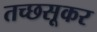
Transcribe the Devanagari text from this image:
तच्छसूकर